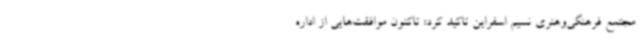
مجتمع فرهنگی‌وهنری نسیم اسفراین تاکید کرد: تاکنون موافقت‌هایی از اداره